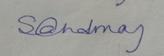
Signature authenticity: genuine